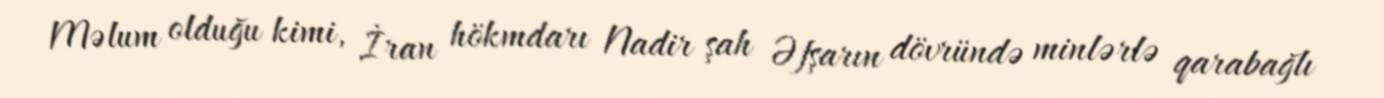
Məlum olduğu kimi, İran hökmdarı Nadir şah Əfşarın dövründə minlərlə qarabağlı